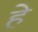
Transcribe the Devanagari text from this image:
हे